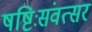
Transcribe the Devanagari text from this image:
षष्टिःसंवत्सर